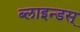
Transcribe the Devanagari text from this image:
ब्लाइन्डस्